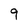
Character: 9